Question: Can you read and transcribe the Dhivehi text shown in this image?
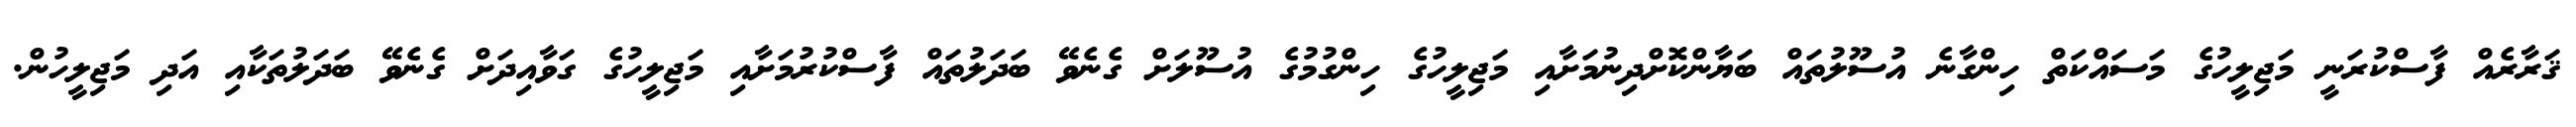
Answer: ޤަރާރެއް ފާސްކުރަނީ މަޖިލީހުގެ މަސައްކަތް ހިންގާނެ އުސޫލުތައް ބަޔާންކޮށްދިނުމަށާއި މަޖިލީހުގެ ހިންގުމުގެ އުސޫލަށް ގެނެވޭ ބަދަލުތައް ފާސްކުރުމަށާއި މަޖިލީހުގެ ގަވާއިދަށް ގެނެވޭ ބަދަލުތަކާއި އަދި މަޖިލީހުން.